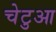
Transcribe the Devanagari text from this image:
चेटुआ